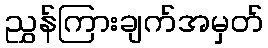
ညွှန်ကြားချက်အမှတ်